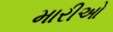
મારીઓ